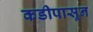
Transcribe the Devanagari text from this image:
कडीपासून